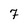
Character: 7